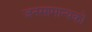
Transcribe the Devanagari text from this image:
जनसामान्‍यको